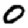
Digit: 0